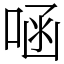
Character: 㖤